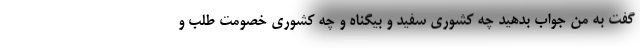
گفت به من جواب بدهید چه کشوری سفید و بیگناه و چه کشوری خصومت طلب و